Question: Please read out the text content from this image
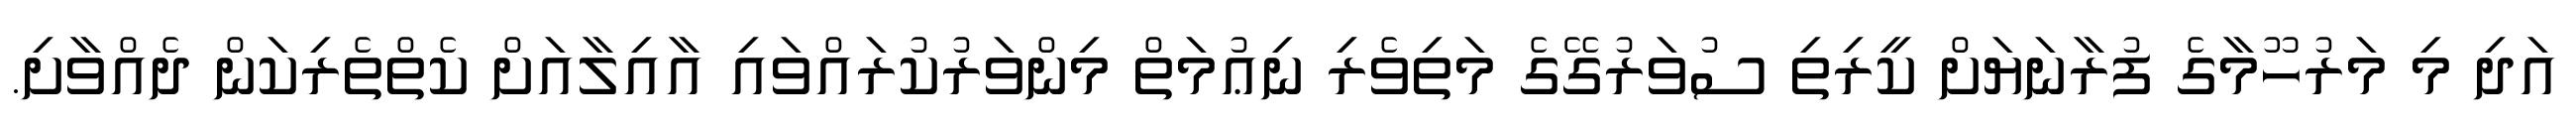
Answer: އަދި މި މަރުހޫމާގެ ފުރާނަޔަށް ކީރިތި ސުވަރުގޭގެ މަތިވެރި ނިޢުމަތް މިންވަރުކުރައްވައި އާއިލާއަށް ކެތްތެރިކަން ދެއްވާށި.